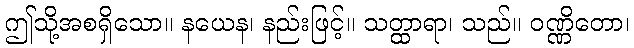
ဤသို့အစရှိသော။ နယေန၊ နည်းဖြင့်။ သတ္ထာရာ၊ သည်။ ဝဏ္ဏိတော၊